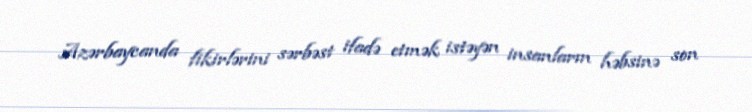
Azərbaycanda fikirlərini sərbəst ifadə etmək istəyən insanların həbsinə son